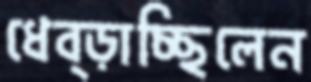
ধেব্‌ড়াচ্ছিলেন